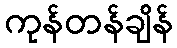
ကုန်တန်ချိန်